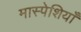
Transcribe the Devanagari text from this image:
मास्पेशियाँ